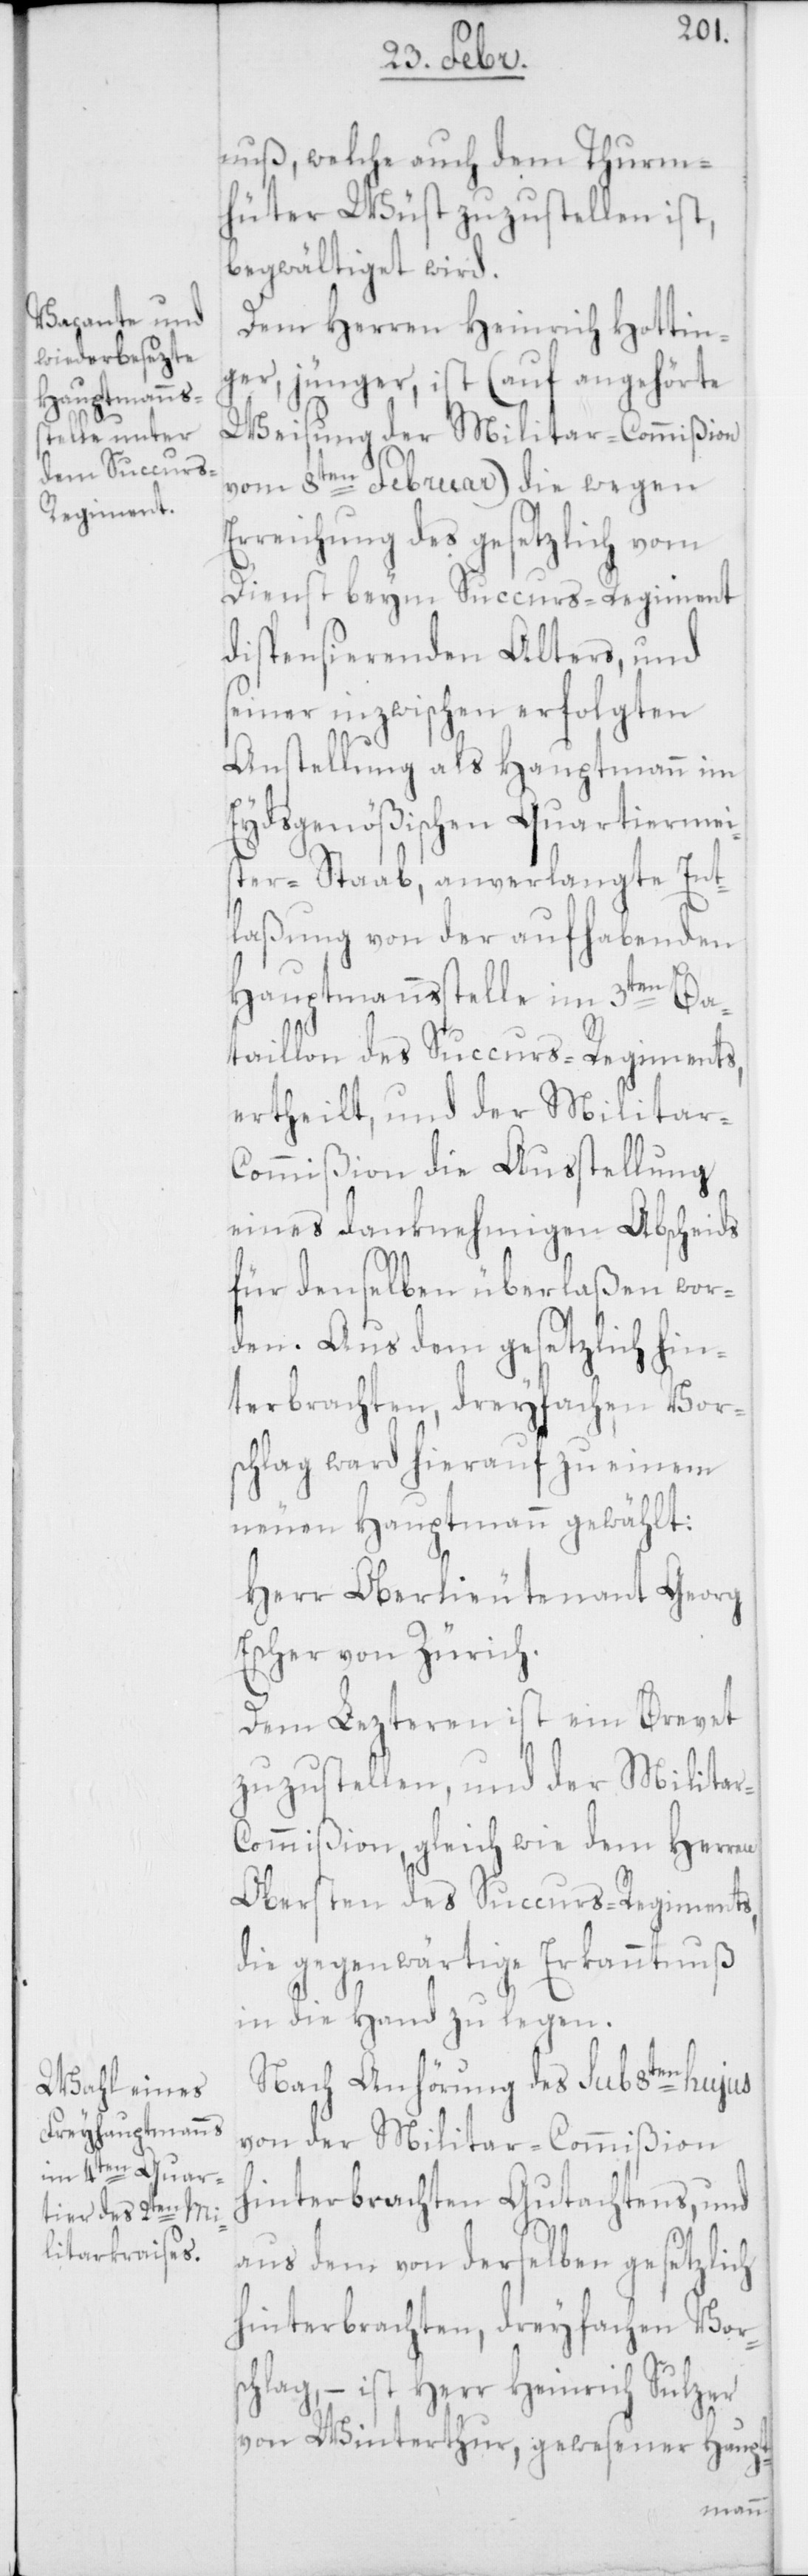
nuß, welche auch dem Thurm¬
hüter Wüst zuzustellen ist,
begwältiget wird.
Dem Herren Heinrich Hottin¬
ger, jünger, ist (auf angehörte
Weisung der Militar-Commißion
vom 8ten Februar) die wegen
Erreichung des gesetzlich vom
Dienst beym Succurs-Regiment
dispensierenden Alters, und
seiner inzwischen erfolgten
Anstellung als Hauptmann im
Eydsgenößischen Quartiermei¬
ster-Staab, anverlangte Ent¬
laßung von der aufhabenden
r-C¬
Hauptmannsstelle im 3ten Ba¬
taillon des Succurs-Regiments,
ertheilt, und der Militar-C¬
ommißion die Ausstellung
eines danknehmigen Abscheids
für denselben überlaßen wor¬
den. Aus dem gesetzlich hin¬
terbrachten, dreyfachen Vor¬
schlag ward hierauf zu einem
neuen Hauptmann gewählt:
Herr Oberlieutenant Georg
Escher von Zürich.
Dem Lezteren ist ein Brevet
zuzustellen, und der Milita¬
ommißion, gleich wie dem Herren
Obersten des Succurs-Regiments,
die gegenwärtige Erkanntnuß
in die Hand zu legen.
Nach Anhörung des sub 8ten hujus
von der Militar-Commißion
hinterbrachten Gutachtens, und
aus dem von derselben gesetzlich
hinterbrachten, dreyfachen Vors¬
chlag, – ist Herr Heinrich Sulzer
von Winterthur, gewesener Haupt-